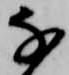
な